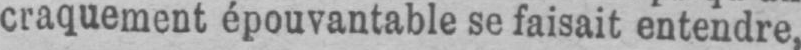
craquement épouvantable se faisait entendre,